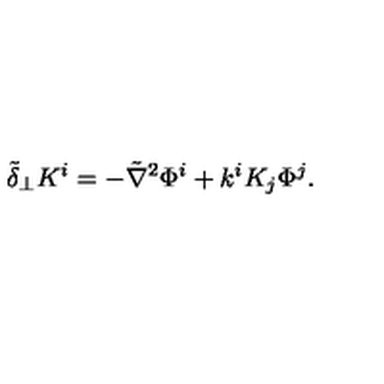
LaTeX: \tilde { \delta } _ { \perp } K ^ { i } = - \tilde { \nabla } ^ { 2 } \Phi ^ { i } + k ^ { i } K _ { j } \Phi ^ { j } .